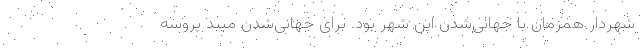
شهردار همزمان با جهانی‌شدن این شهر بود. برای جهانی‌شدن میبد پروسه